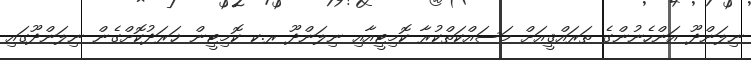
ނިލަންދޫ އަންހެނުންގެ ތަރައްޤީއަށް މަސައްކަތްކުރާ ކޮމިޓީއާއި ނިލަންދޫ ރ.ކ ކޮމިޓީން ޚަރަދުކޮށްގެން ނިލަންދޫގައި